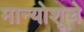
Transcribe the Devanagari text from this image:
मान्योशूचे